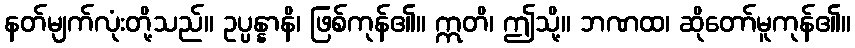
နတ်မျက်လုံးတို့သည်။ ဥပ္ပန္နာနိ၊ ဖြစ်ကုန်၏။ ဣတိ၊ ဤသို့။ ဘဏထ၊ ဆိုတော်မူကုန်၏။